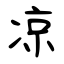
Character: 凉